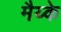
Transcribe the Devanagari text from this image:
मैय्के